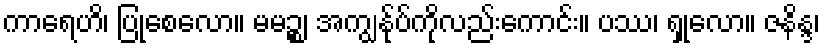
ကာရေဟိ၊ ပြုစေလော။ မမဉ္စ၊ အကျွန်ုပ်ကိုလည်းကောင်း။ ပဿ၊ ရှုလော။ ဇနိန္ဒ၊